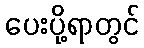
ပေးပို့ရာတွင်